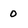
Character: 0